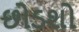
છોડશો